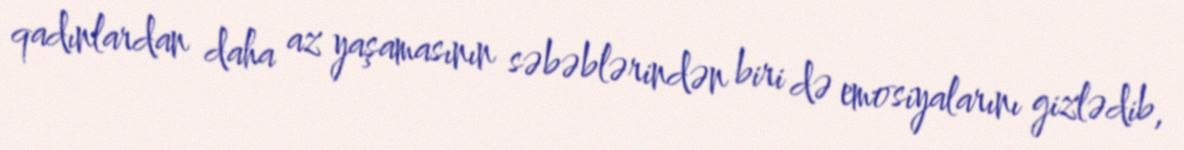
qadınlardan daha az yaşamasının səbəblərindən biri də emosiyalarını gizlədib,